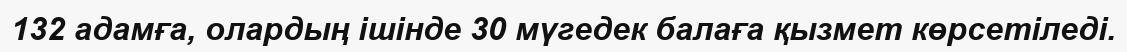
132 адамға, олардың ішінде 30 мүгедек балаға қызмет көрсетіледі.